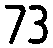
73